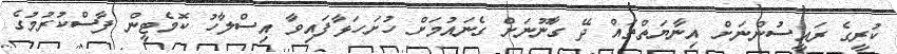
ކުރީގެ ރައީސުންނަށް އިނާޔަތްތައް ދޭ ގާނޫނަށް ގެނައުމަށް ހުށަހަޅާފައިވާ އިސްލާހު ކޮމެޓީން ފާސްކުރުމުގެ